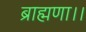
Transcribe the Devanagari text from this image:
ब्राह्मणा।।